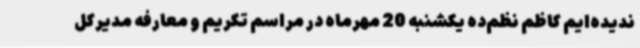
ندیده‌ایم کاظم نظم‌ده یکشنبه 20 مهرماه در مراسم تکریم و معارفه مدیرکل